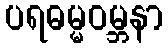
ပရဓမ္မဝမ္ဘနာ